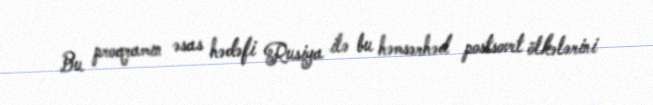
Bu proqramın əsas hədəfi Rusiya ilə bu həmsərhəd postsovet ölkələrini